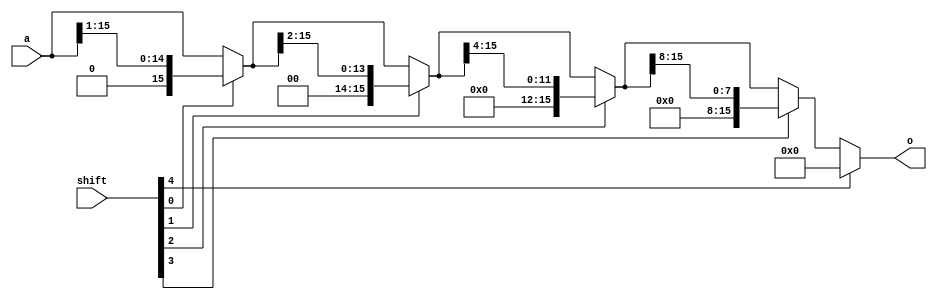
module barrel_shifter_left
#(
  parameter N=16
)
(
  a,
  shift,
  o
);

  localparam LOG_N = $clog2(N);

  input [N-1:0] a;
  input [LOG_N:0] shift;
  output [N-1:0] o;


  wire [N-1:0] ai[LOG_N+1:0];

  assign ai[0] = a;

  genvar i;
  generate
    for (i = 0; i < LOG_N+1; i = i + 1) begin: ASSIGN
      assign ai[i+1] = (shift[i])?(ai[i]>>2**i):(ai[i]);
    end
  endgenerate

  assign o = ai[LOG_N+1];

endmodule